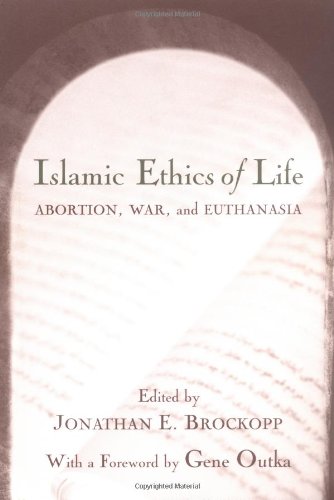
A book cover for Islamic Ethics of Life: Abortion, War, and Euthanasia (Studies in Comparative Religion); Medical Books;